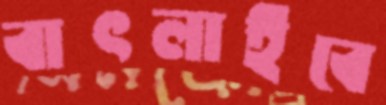
বাৎলাইবে